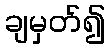
ချမှတ်၍